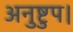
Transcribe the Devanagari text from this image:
अनुष्टुप।